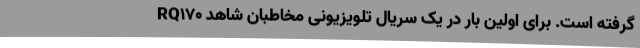
گرفته است. برای اولین بار در یک سریال تلویزیونی مخاطبان شاهد RQ170